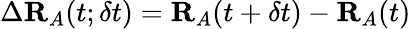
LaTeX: \Delta\mathbf{R}_{A}(t;\delta t)=\mathbf{R}_{A}(t+\delta t)-\mathbf{R}_{A}(t)